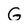
Character: G